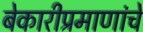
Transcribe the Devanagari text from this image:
बेकारीप्रमाणांचे